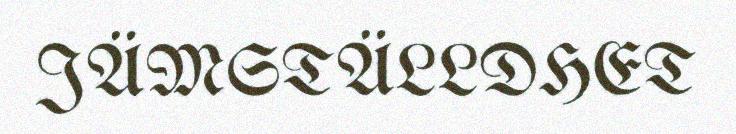
JÄMSTÄLLDHET